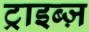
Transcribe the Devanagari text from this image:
ट्राइब्ज़